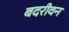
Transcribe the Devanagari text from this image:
बदरीवन